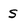
Character: S